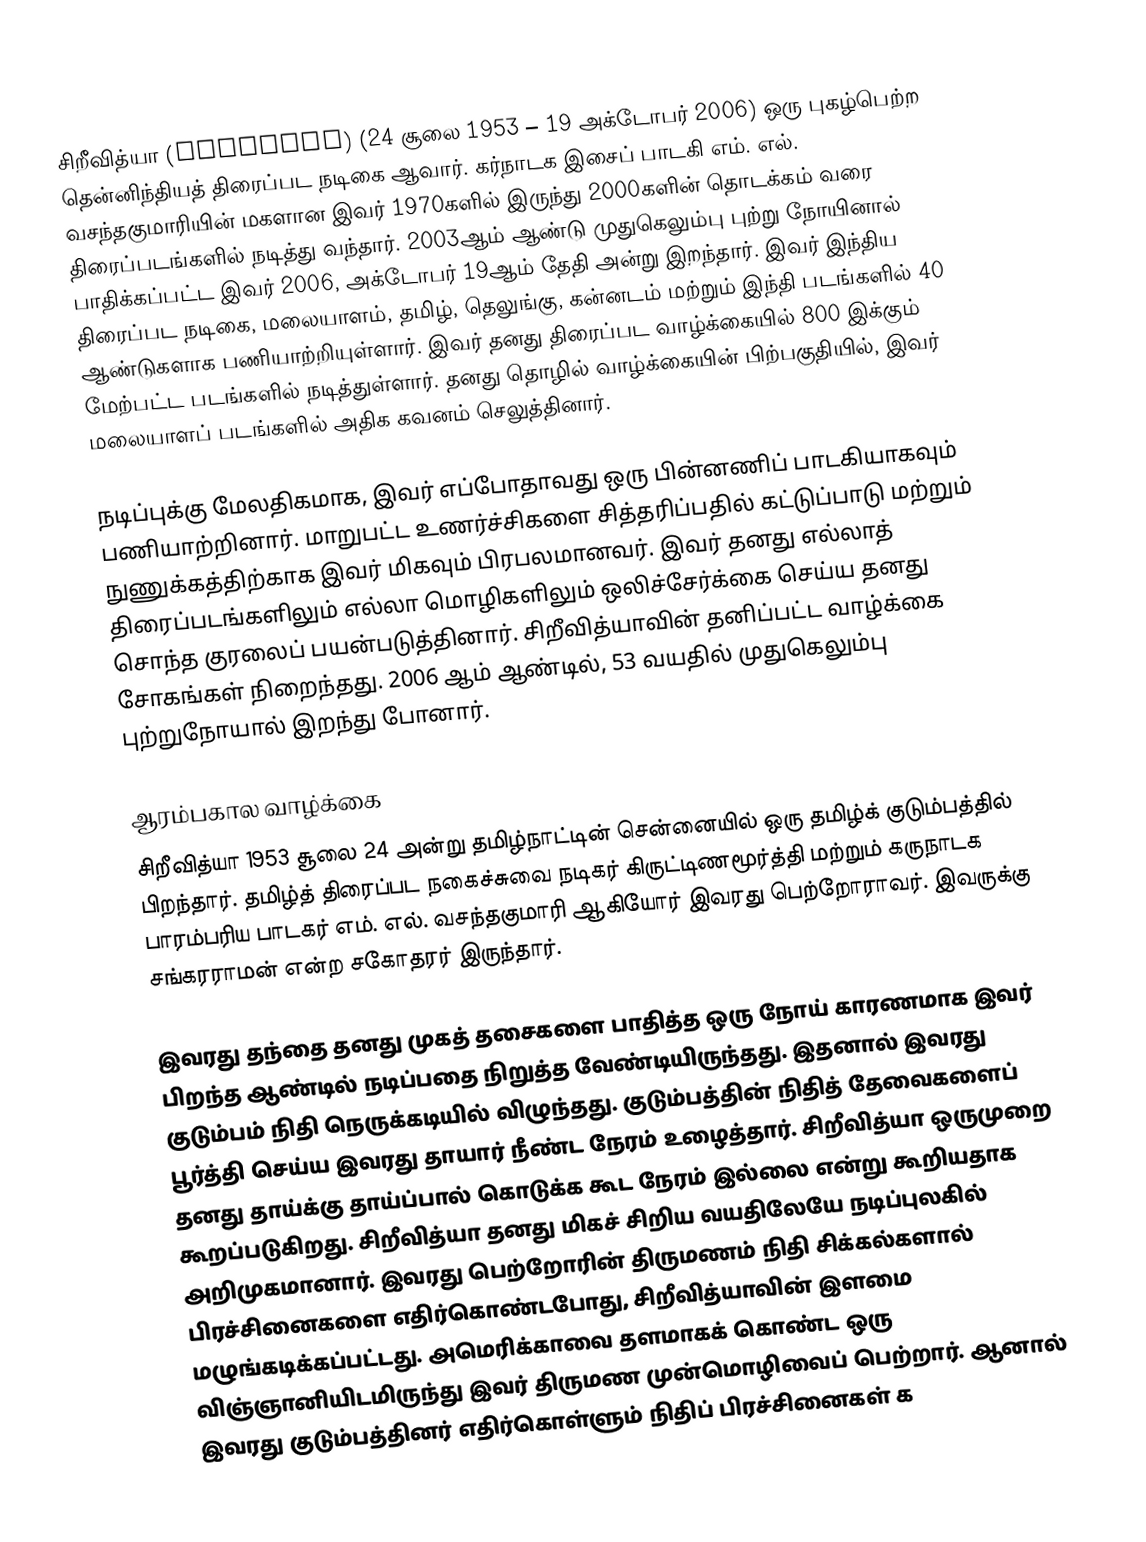
சிறீவித்யா (Srividya) (24 சூலை 1953 – 19 அக்டோபர் 2006) ஒரு புகழ்பெற்ற தென்னிந்தியத் திரைப்பட நடிகை ஆவார். கர்நாடக இசைப் பாடகி எம். எல். வசந்தகுமாரியின் மகளான இவர் 1970களில் இருந்து 2000களின் தொடக்கம் வரை திரைப்படங்களில் நடித்து வந்தார். 2003ஆம் ஆண்டு முதுகெலும்பு புற்று நோயினால் பாதிக்கப்பட்ட இவர் 2006, அக்டோபர் 19ஆம் தேதி அன்று இறந்தார். இவர் இந்திய திரைப்பட நடிகை, மலையாளம், தமிழ், தெலுங்கு, கன்னடம் மற்றும் இந்தி படங்களில் 40 ஆண்டுகளாக பணியாற்றியுள்ளார். இவர் தனது திரைப்பட வாழ்க்கையில் 800 இக்கும் மேற்பட்ட படங்களில் நடித்துள்ளார். தனது தொழில் வாழ்க்கையின் பிற்பகுதியில், இவர் மலையாளப் படங்களில் அதிக கவனம் செலுத்தினார்.

நடிப்புக்கு மேலதிகமாக, இவர் எப்போதாவது ஒரு பின்னணிப் பாடகியாகவும் பணியாற்றினார். மாறுபட்ட உணர்ச்சிகளை சித்தரிப்பதில் கட்டுப்பாடு மற்றும் நுணுக்கத்திற்காக இவர் மிகவும் பிரபலமானவர். இவர் தனது எல்லாத் திரைப்படங்களிலும் எல்லா மொழிகளிலும் ஒலிச்சேர்க்கை செய்ய தனது சொந்த குரலைப் பயன்படுத்தினார். சிறீவித்யாவின் தனிப்பட்ட வாழ்க்கை சோகங்கள் நிறைந்தது. 2006 ஆம் ஆண்டில், 53 வயதில் முதுகெலும்பு புற்றுநோயால் இறந்து போனார்.

ஆரம்பகால வாழ்க்கை
சிறீவித்யா 1953 சூலை 24 அன்று தமிழ்நாட்டின் சென்னையில் ஒரு தமிழ்க் குடும்பத்தில் பிறந்தார். தமிழ்த் திரைப்பட நகைச்சுவை நடிகர் கிருட்டிணமூர்த்தி மற்றும் கருநாடக பாரம்பரிய பாடகர் எம். எல். வசந்தகுமாரி ஆகியோர் இவரது பெற்றோராவர். இவருக்கு சங்கரராமன் என்ற சகோதரர் இருந்தார்.

இவரது தந்தை தனது முகத் தசைகளை பாதித்த ஒரு நோய் காரணமாக இவர் பிறந்த ஆண்டில் நடிப்பதை நிறுத்த வேண்டியிருந்தது. இதனால் இவரது குடும்பம் நிதி நெருக்கடியில் விழுந்தது. குடும்பத்தின் நிதித் தேவைகளைப் பூர்த்தி செய்ய இவரது தாயார் நீண்ட நேரம் உழைத்தார். சிறீவித்யா ஒருமுறை தனது தாய்க்கு தாய்ப்பால் கொடுக்க கூட நேரம் இல்லை என்று கூறியதாக கூறப்படுகிறது. சிறீவித்யா தனது மிகச் சிறிய வயதிலேயே நடிப்புலகில் அறிமுகமானார். இவரது பெற்றோரின் திருமணம் நிதி சிக்கல்களால் பிரச்சினைகளை எதிர்கொண்டபோது, சிறீவித்யாவின் இளமை மழுங்கடிக்கப்பட்டது. அமெரிக்காவை தளமாகக் கொண்ட ஒரு விஞ்ஞானியிடமிருந்து இவர் திருமண முன்மொழிவைப் பெற்றார். ஆனால் இவரது குடும்பத்தினர் எதிர்கொள்ளும் நிதிப் பிரச்சினைகள் க